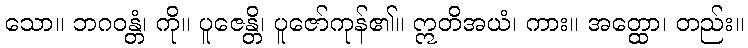
သော။ ဘဂဝန္တံ၊ ကို။ ပူဇေန္တိ၊ ပူဇော်ကုန်၏။ ဣတိအယံ၊ ကား။ အတ္ထော၊ တည်း။